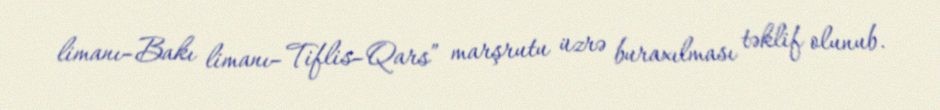
limanı–Bakı limanı–Tiflis–Qars” marşrutu üzrə buraxılması təklif olunub.